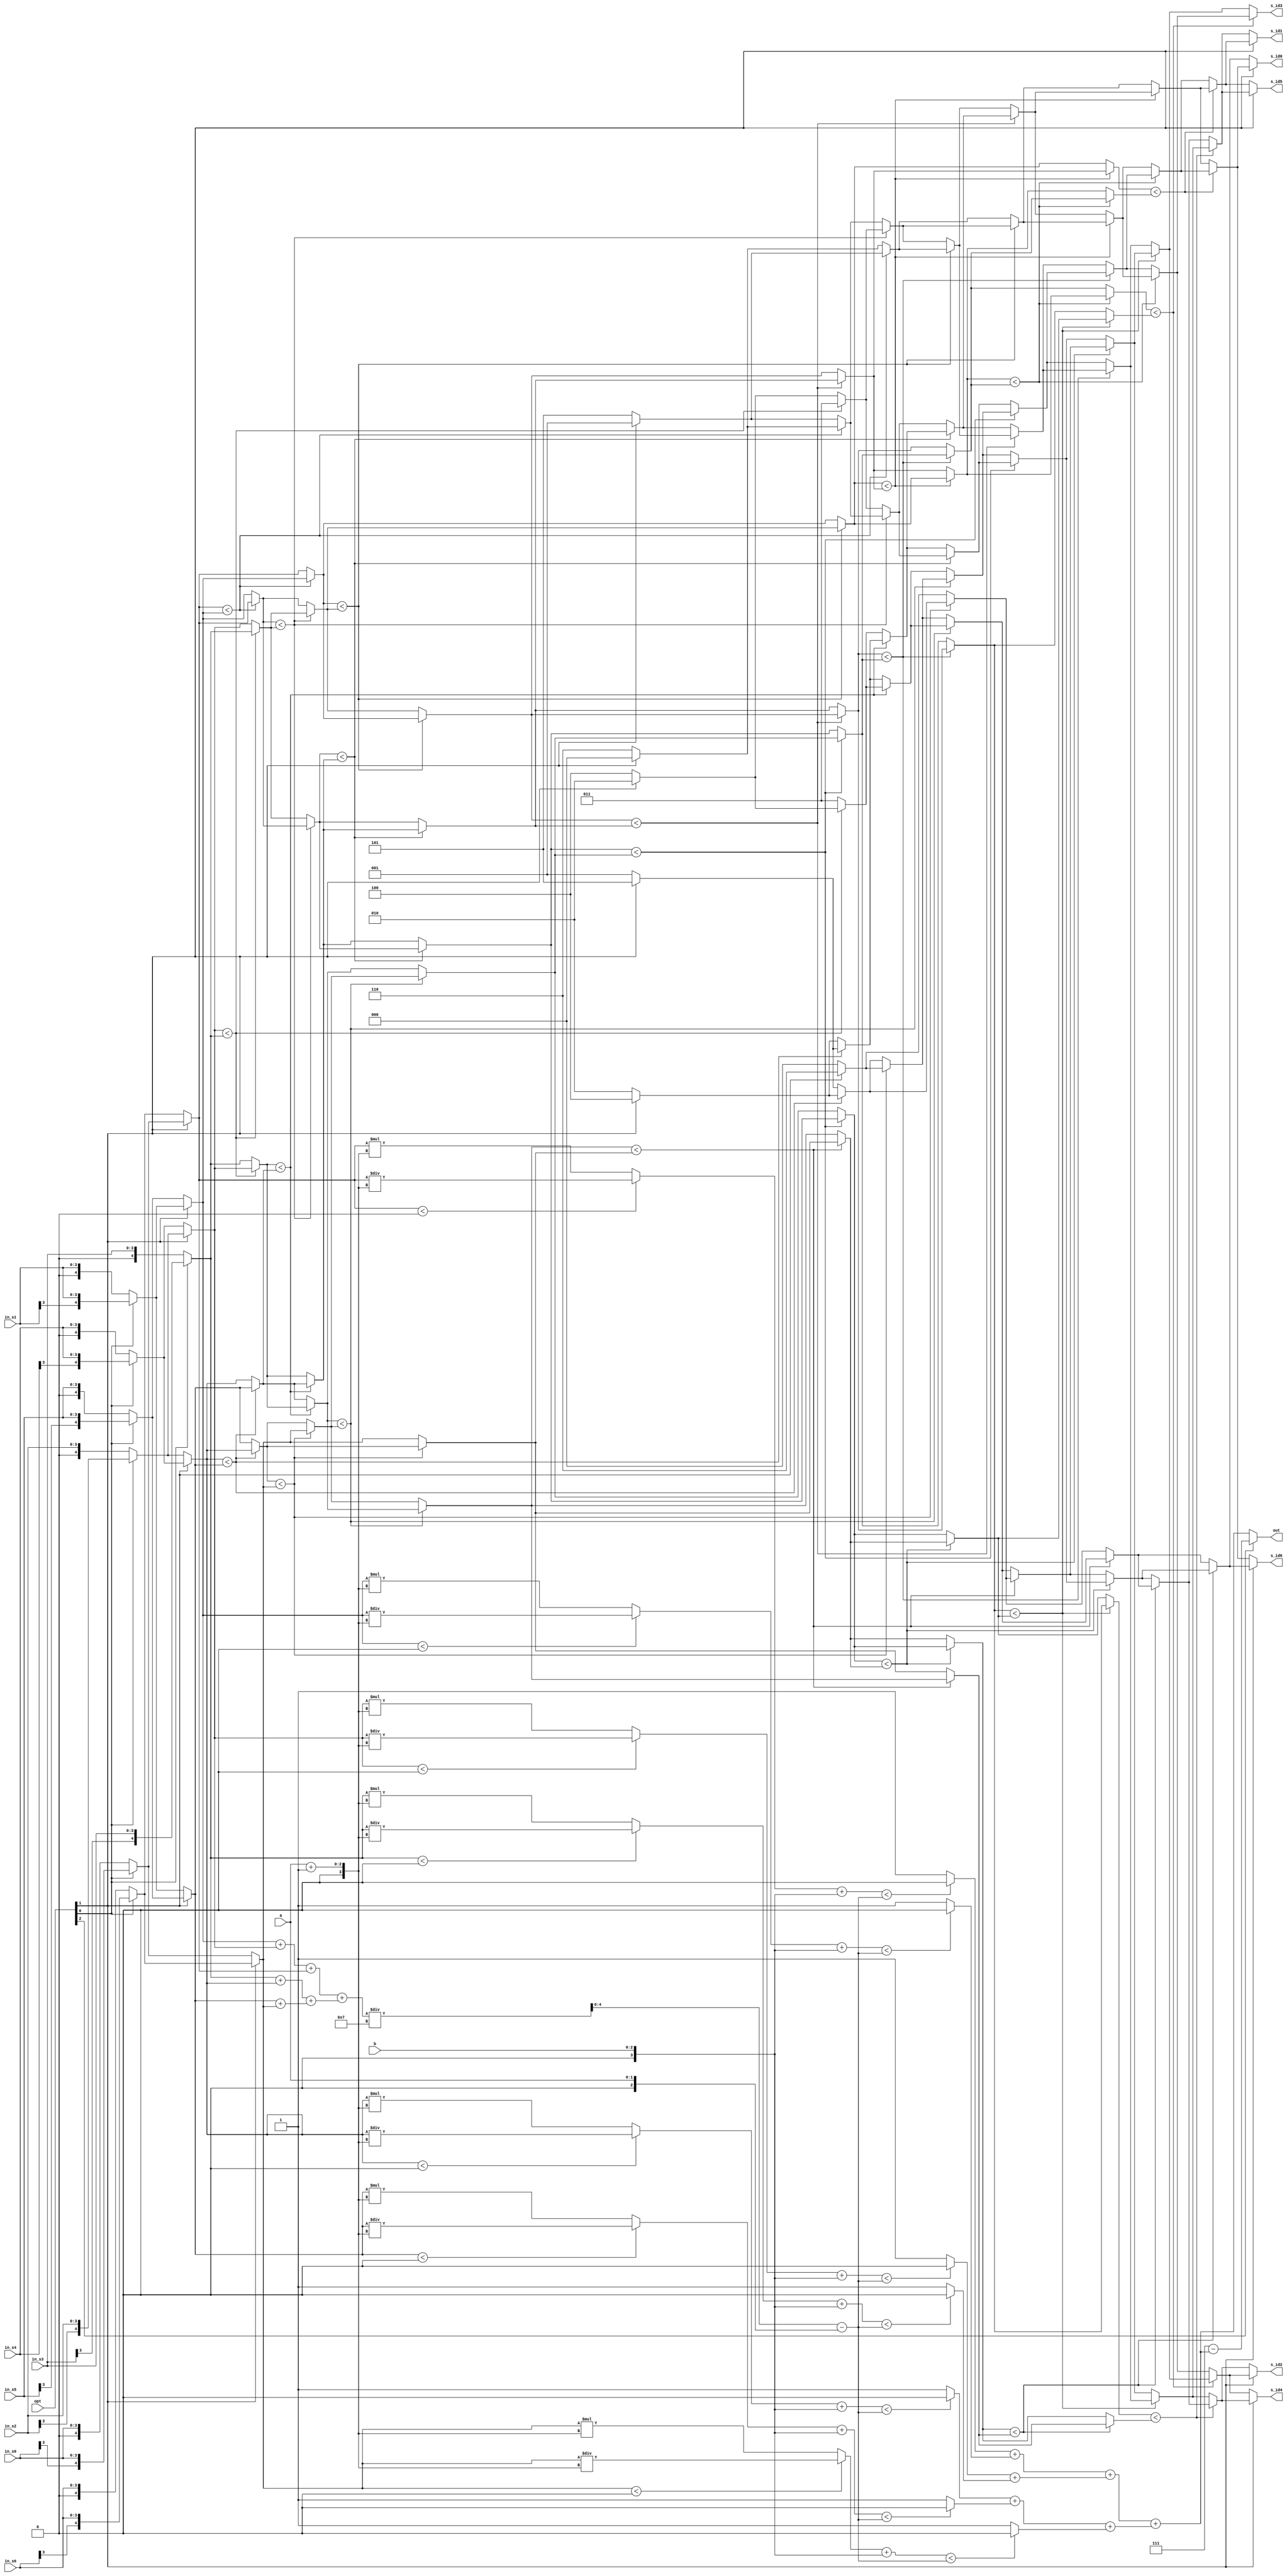

module CC(
  in_s0,
  in_s1,
  in_s2,
  in_s3,
  in_s4,
  in_s5,
  in_s6,
  opt,
  a,
  b,
  s_id0,
  s_id1,
  s_id2,
  s_id3,
  s_id4,
  s_id5,
  s_id6,
  out

);
input [3:0]in_s0;
input [3:0]in_s1;
input [3:0]in_s2;
input [3:0]in_s3;
input [3:0]in_s4;
input [3:0]in_s5;
input [3:0]in_s6;
input [2:0]opt;
input [1:0]a;
input [2:0]b;
output [2:0] s_id0;
output [2:0] s_id1;
output [2:0] s_id2;
output [2:0] s_id3;
output [2:0] s_id4;
output [2:0] s_id5;
output [2:0] s_id6;
output [2:0] out; 
//==================================================================
// reg & wire
wire [2:0] sorted_s0;
wire [2:0] sorted_s1;
wire [2:0] sorted_s2;
wire [2:0] sorted_s3;
wire [2:0] sorted_s4;
wire [2:0] sorted_s5;
wire [2:0] sorted_s6;

wire [2:0] U_s_id0;
wire [2:0] U_s_id1;
wire [2:0] U_s_id2;
wire [2:0] U_s_id3;
wire [2:0] U_s_id4;
wire [2:0] U_s_id5;
wire [2:0] U_s_id6;

wire signed [2:0] S1_s_id0;
wire signed [2:0] S1_s_id1;
wire signed [2:0] S1_s_id2;
wire signed [2:0] S1_s_id3;
wire signed [2:0] S1_s_id4;
wire signed [2:0] S1_s_id5;
wire signed [2:0] S1_s_id6;

wire signed [2:0] S2_s_id0;
wire signed [2:0] S2_s_id1;
wire signed [2:0] S2_s_id2;
wire signed [2:0] S2_s_id3;
wire signed [2:0] S2_s_id4;
wire signed [2:0] S2_s_id5;
wire signed [2:0] S2_s_id6;

wire signed [2:0] S3_s_id0;
wire signed [2:0] S3_s_id1;
wire signed [2:0] S3_s_id2;
wire signed [2:0] S3_s_id3;
wire signed [2:0] S3_s_id4;
wire signed [2:0] S3_s_id5;
wire signed [2:0] S3_s_id6;

wire signed [2:0] S4_s_id0;
wire signed [2:0] S4_s_id1;
wire signed [2:0] S4_s_id2;
wire signed [2:0] S4_s_id3;
wire signed [2:0] S4_s_id4;
wire signed [2:0] S4_s_id5;
wire signed [2:0] S4_s_id6;

wire signed [2:0] S5_s_id0;
wire signed [2:0] S5_s_id1;
wire signed [2:0] S5_s_id2;
wire signed [2:0] S5_s_id3;
wire signed [2:0] S5_s_id4;
wire signed [2:0] S5_s_id5;
wire signed [2:0] S5_s_id6;

wire signed [2:0] S6_s_id0;
wire signed [2:0] S6_s_id1;
wire signed [2:0] S6_s_id2;
wire signed [2:0] S6_s_id3;
wire signed [2:0] S6_s_id4;
wire signed [2:0] S6_s_id5;
wire signed [2:0] S6_s_id6;

wire signed [2:0] S7_s_id0;
wire signed [2:0] S7_s_id1;
wire signed [2:0] S7_s_id2;
wire signed [2:0] S7_s_id3;
wire signed [2:0] S7_s_id4;
wire signed [2:0] S7_s_id5;
wire signed [2:0] S7_s_id6;

wire signed [4:0] Extand_S_in_s0;
wire signed [4:0] Extand_S_in_s1;
wire signed [4:0] Extand_S_in_s2;
wire signed [4:0] Extand_S_in_s3;
wire signed [4:0] Extand_S_in_s4;
wire signed [4:0] Extand_S_in_s5;
wire signed [4:0] Extand_S_in_s6;

wire signed [4:0] S_in_s0;
wire signed [4:0] S_in_s1;
wire signed [4:0] S_in_s2;
wire signed [4:0] S_in_s3;
wire signed [4:0] S_in_s4;
wire signed [4:0] S_in_s5;
wire signed [4:0] S_in_s6;

wire signed [4:0] S1_in_s0;
wire signed [4:0] S1_in_s1;
wire signed [4:0] S1_in_s2;
wire signed [4:0] S1_in_s3;
wire signed [4:0] S1_in_s4;
wire signed [4:0] S1_in_s5;
wire signed [4:0] S1_in_s6;

wire signed [4:0] S2_in_s0;
wire signed [4:0] S2_in_s1;
wire signed [4:0] S2_in_s2;
wire signed [4:0] S2_in_s3;
wire signed [4:0] S2_in_s4;
wire signed [4:0] S2_in_s5;
wire signed [4:0] S2_in_s6;

wire signed [4:0] S3_in_s0;
wire signed [4:0] S3_in_s1;
wire signed [4:0] S3_in_s2;
wire signed [4:0] S3_in_s3;
wire signed [4:0] S3_in_s4;
wire signed [4:0] S3_in_s5;
wire signed [4:0] S3_in_s6;

wire signed [4:0] S4_in_s0;
wire signed [4:0] S4_in_s1;
wire signed [4:0] S4_in_s2;
wire signed [4:0] S4_in_s3;
wire signed [4:0] S4_in_s4;
wire signed [4:0] S4_in_s5;
wire signed [4:0] S4_in_s6;

wire signed [4:0] S5_in_s0;
wire signed [4:0] S5_in_s1;
wire signed [4:0] S5_in_s2;
wire signed [4:0] S5_in_s3;
wire signed [4:0] S5_in_s4;
wire signed [4:0] S5_in_s5;
wire signed [4:0] S5_in_s6;

wire signed [4:0] S6_in_s0;
wire signed [4:0] S6_in_s1;
wire signed [4:0] S6_in_s2;
wire signed [4:0] S6_in_s3;
wire signed [4:0] S6_in_s4;
wire signed [4:0] S6_in_s5;
wire signed [4:0] S6_in_s6;

wire signed [4:0] S7_in_s0;
wire signed [4:0] S7_in_s1;
wire signed [4:0] S7_in_s2;
wire signed [4:0] S7_in_s3;
wire signed [4:0] S7_in_s4;
wire signed [4:0] S7_in_s5;
wire signed [4:0] S7_in_s6;

wire signed [5:0] S1p2;//1+2
wire signed [5:0] S3p4;//3+4
wire signed [5:0] S5p6;//5+6
wire signed [6:0] S00p12;
wire signed [6:0] S34p56;
wire signed [7:0] S_sum;
wire signed [4:0] S_Sdiv7;
wire signed [5:0] S_PassScore;

wire signed [8:0] S_Mu_s0;
wire signed [8:0] S_Mu_s1;
wire signed [8:0] S_Mu_s2;
wire signed [8:0] S_Mu_s3;
wire signed [8:0] S_Mu_s4;
wire signed [8:0] S_Mu_s5;
wire signed [8:0] S_Mu_s6;

wire [3:0] U_Ap1;
wire signed [3:0] S_Ap1;
wire signed [3:0] S_B;

wire signed [9:0] S_Linear_s0;
wire signed [9:0] S_Linear_s1;
wire signed [9:0] S_Linear_s2;
wire signed [9:0] S_Linear_s3;
wire signed [9:0] S_Linear_s4;
wire signed [9:0] S_Linear_s5;
wire signed [9:0] S_Linear_s6;

wire U_s0_pass;
wire U_s1_pass;
wire U_s2_pass;
wire U_s3_pass;
wire U_s4_pass;
wire U_s5_pass;
wire U_s6_pass;

wire S_s0_pass;
wire S_s1_pass;
wire S_s2_pass;
wire S_s3_pass;
wire S_s4_pass;
wire S_s5_pass;
wire S_s6_pass;

wire s0_pass;
wire s1_pass;
wire s2_pass;
wire s3_pass;
wire s4_pass;
wire s5_pass;
wire s6_pass;

wire [1:0] p_s0s1;
wire [1:0] p_s2s3;
wire [1:0] p_s4s5;

wire [2:0] p_s0s1ps2s3;
wire [2:0] p_s4s5ps6s6;

wire [3:0] pass_all;

wire signed [3:0] Signed7;

wire signed [8:0] S_Div_s0;
wire signed [8:0] S_Div_s1;
wire signed [8:0] S_Div_s2;
wire signed [8:0] S_Div_s3;
wire signed [8:0] S_Div_s4;
wire signed [8:0] S_Div_s5;
wire signed [8:0] S_Div_s6;

wire signed [3:0] zero_r;
wire signed [2:0] S_a;

//==================================================================


//==================================================================
// design
assign S_in_s0 = (opt[1] == 1'b1)? Extand_S_in_s0:Extand_S_in_s6;
assign S_in_s1 = (opt[1] == 1'b1)? Extand_S_in_s1:Extand_S_in_s5;
assign S_in_s2 = (opt[1] == 1'b1)? Extand_S_in_s2:Extand_S_in_s4;
assign S_in_s3 = (opt[1] == 1'b1)? Extand_S_in_s3:Extand_S_in_s3;
assign S_in_s4 = (opt[1] == 1'b1)? Extand_S_in_s4:Extand_S_in_s2;
assign S_in_s5 = (opt[1] == 1'b1)? Extand_S_in_s5:Extand_S_in_s1;
assign S_in_s6 = (opt[1] == 1'b1)? Extand_S_in_s6:Extand_S_in_s0;

assign Extand_S_in_s0 = (opt[0] == 1'b0)? {1'd0,in_s0}:{in_s0[3],in_s0};
assign Extand_S_in_s1 = (opt[0] == 1'b0)? {1'd0,in_s1}:{in_s1[3],in_s1};
assign Extand_S_in_s2 = (opt[0] == 1'b0)? {1'd0,in_s2}:{in_s2[3],in_s2};
assign Extand_S_in_s3 = (opt[0] == 1'b0)? {1'd0,in_s3}:{in_s3[3],in_s3};
assign Extand_S_in_s4 = (opt[0] == 1'b0)? {1'd0,in_s4}:{in_s4[3],in_s4};
assign Extand_S_in_s5 = (opt[0] == 1'b0)? {1'd0,in_s5}:{in_s5[3],in_s5};
assign Extand_S_in_s6 = (opt[0] == 1'b0)? {1'd0,in_s6}:{in_s6[3],in_s6};

assign U_s_id0 = (opt[1] == 1'b1)? 3'd0:3'd6;
assign U_s_id1 = (opt[1] == 1'b1)? 3'd1:3'd5;
assign U_s_id2 = (opt[1] == 1'b1)? 3'd2:3'd4;
assign U_s_id3 = (opt[1] == 1'b1)? 3'd3:3'd3;
assign U_s_id4 = (opt[1] == 1'b1)? 3'd4:3'd2;
assign U_s_id5 = (opt[1] == 1'b1)? 3'd5:3'd1;
assign U_s_id6 = (opt[1] == 1'b1)? 3'd6:3'd0;

assign S1p2 = S_in_s1 + S_in_s2;
assign S3p4 = S_in_s3 + S_in_s4;
assign S5p6 = S_in_s5 + S_in_s6;

assign S00p12 = S1p2 + S_in_s0;
assign S34p56 = S3p4 + S5p6;

assign S_sum = S00p12 + S34p56;

assign Signed7 = 4'd7;
assign S_Sdiv7 = S_sum/Signed7;

assign S_a = {1'd0,a};
assign S_PassScore = S_Sdiv7-S_a;
assign U_Ap1 = a + 2'b1;
assign S_Ap1 = {1'b0,U_Ap1};
assign S_B = {1'd0,b};

assign S_Div_s0 = S_in_s0/S_Ap1;
assign S_Div_s1 = S_in_s1/S_Ap1;
assign S_Div_s2 = S_in_s2/S_Ap1;
assign S_Div_s3 = S_in_s3/S_Ap1;
assign S_Div_s4 = S_in_s4/S_Ap1;
assign S_Div_s5 = S_in_s5/S_Ap1;
assign S_Div_s6 = S_in_s6/S_Ap1;

assign zero_r = 4'b0;
assign S_Mu_s0 = (S_in_s0<zero_r)? S_Div_s0:(S_in_s0*S_Ap1);
assign S_Mu_s1 = (S_in_s1<zero_r)? S_Div_s1:(S_in_s1*S_Ap1);
assign S_Mu_s2 = (S_in_s2<zero_r)? S_Div_s2:(S_in_s2*S_Ap1);
assign S_Mu_s3 = (S_in_s3<zero_r)? S_Div_s3:(S_in_s3*S_Ap1);
assign S_Mu_s4 = (S_in_s4<zero_r)? S_Div_s4:(S_in_s4*S_Ap1);
assign S_Mu_s5 = (S_in_s5<zero_r)? S_Div_s5:(S_in_s5*S_Ap1);
assign S_Mu_s6 = (S_in_s6<zero_r)? S_Div_s6:(S_in_s6*S_Ap1);

assign S_Linear_s0 = S_Mu_s0 + S_B;
assign S_Linear_s1 = S_Mu_s1 + S_B;
assign S_Linear_s2 = S_Mu_s2 + S_B;
assign S_Linear_s3 = S_Mu_s3 + S_B;
assign S_Linear_s4 = S_Mu_s4 + S_B;
assign S_Linear_s5 = S_Mu_s5 + S_B;
assign S_Linear_s6 = S_Mu_s6 + S_B;

assign S_s0_pass = (S_Linear_s0<S_PassScore)?1'b0:1'b1;
assign S_s1_pass = (S_Linear_s1<S_PassScore)?1'b0:1'b1;
assign S_s2_pass = (S_Linear_s2<S_PassScore)?1'b0:1'b1;
assign S_s3_pass = (S_Linear_s3<S_PassScore)?1'b0:1'b1;
assign S_s4_pass = (S_Linear_s4<S_PassScore)?1'b0:1'b1;
assign S_s5_pass = (S_Linear_s5<S_PassScore)?1'b0:1'b1;
assign S_s6_pass = (S_Linear_s6<S_PassScore)?1'b0:1'b1;

assign p_s0s1 = S_s0_pass + S_s1_pass;
assign p_s2s3 = S_s2_pass + S_s3_pass;
assign p_s4s5 = S_s4_pass + S_s5_pass;
assign p_s0s1ps2s3 = p_s0s1 + p_s2s3;
assign p_s4s5ps6s6 = p_s4s5 + S_s6_pass;
assign pass_all = p_s0s1ps2s3+p_s4s5ps6s6;

assign out = (opt[2] == 1'b0)? pass_all: (4'd7-pass_all);

assign s_id0 = (opt[1] == 1'b1)? S7_s_id0:S7_s_id6;
assign s_id1 = (opt[1] == 1'b1)? S7_s_id1:S7_s_id5;
assign s_id2 = (opt[1] == 1'b1)? S7_s_id2:S7_s_id4;
assign s_id3 = (opt[1] == 1'b1)? S7_s_id3:S7_s_id3;
assign s_id4 = (opt[1] == 1'b1)? S7_s_id4:S7_s_id2;
assign s_id5 = (opt[1] == 1'b1)? S7_s_id5:S7_s_id1;
assign s_id6 = (opt[1] == 1'b1)? S7_s_id6:S7_s_id0;

//

//signed
assign S1_in_s0 = (S_in_s0<S_in_s1)? S_in_s1:S_in_s0;
assign S1_in_s1 = (S_in_s0<S_in_s1)? S_in_s0:S_in_s1;
assign S1_s_id0 = (S_in_s0<S_in_s1)? U_s_id1:U_s_id0;
assign S1_s_id1 = (S_in_s0<S_in_s1)? U_s_id0:U_s_id1;

assign S1_in_s2 = (S_in_s2<S_in_s3)? S_in_s3:S_in_s2;
assign S1_in_s3 = (S_in_s2<S_in_s3)? S_in_s2:S_in_s3;
assign S1_s_id2 = (S_in_s2<S_in_s3)? U_s_id3:U_s_id2;
assign S1_s_id3 = (S_in_s2<S_in_s3)? U_s_id2:U_s_id3;

assign S1_in_s4 = (S_in_s4<S_in_s5)? S_in_s5:S_in_s4;
assign S1_in_s5 = (S_in_s4<S_in_s5)? S_in_s4:S_in_s5;
assign S1_s_id4 = (S_in_s4<S_in_s5)? U_s_id5:U_s_id4;
assign S1_s_id5 = (S_in_s4<S_in_s5)? U_s_id4:U_s_id5;

assign S1_in_s6 = S_in_s6;
assign S1_s_id6 = U_s_id6;


//S2
assign S2_in_s0 = S1_in_s0;
assign S2_s_id0 = S1_s_id0;

assign S2_in_s1 = (S1_in_s1<S1_in_s2)? S1_in_s2:S1_in_s1;
assign S2_in_s2 = (S1_in_s1<S1_in_s2)? S1_in_s1:S1_in_s2;
assign S2_s_id1 = (S1_in_s1<S1_in_s2)? S1_s_id2:S1_s_id1;
assign S2_s_id2 = (S1_in_s1<S1_in_s2)? S1_s_id1:S1_s_id2;

assign S2_in_s3 = (S1_in_s3<S1_in_s4)? S1_in_s4:S1_in_s3;
assign S2_in_s4 = (S1_in_s3<S1_in_s4)? S1_in_s3:S1_in_s4;
assign S2_s_id3 = (S1_in_s3<S1_in_s4)? S1_s_id4:S1_s_id3;
assign S2_s_id4 = (S1_in_s3<S1_in_s4)? S1_s_id3:S1_s_id4;

assign S2_in_s5 = (S1_in_s5<S1_in_s6)? S1_in_s6:S1_in_s5;
assign S2_in_s6 = (S1_in_s5<S1_in_s6)? S1_in_s5:S1_in_s6;
assign S2_s_id5 = (S1_in_s5<S1_in_s6)? S1_s_id6:S1_s_id5;
assign S2_s_id6 = (S1_in_s5<S1_in_s6)? S1_s_id5:S1_s_id6;

//S3
assign S3_in_s0 = (S2_in_s0<S2_in_s1)? S2_in_s1:S2_in_s0;
assign S3_in_s1 = (S2_in_s0<S2_in_s1)? S2_in_s0:S2_in_s1;
assign S3_s_id0 = (S2_in_s0<S2_in_s1)? S2_s_id1:S2_s_id0;
assign S3_s_id1 = (S2_in_s0<S2_in_s1)? S2_s_id0:S2_s_id1;

assign S3_in_s2 = (S2_in_s2<S2_in_s3)? S2_in_s3:S2_in_s2;
assign S3_in_s3 = (S2_in_s2<S2_in_s3)? S2_in_s2:S2_in_s3;
assign S3_s_id2 = (S2_in_s2<S2_in_s3)? S2_s_id3:S2_s_id2;
assign S3_s_id3 = (S2_in_s2<S2_in_s3)? S2_s_id2:S2_s_id3;

assign S3_in_s4 = (S2_in_s4<S2_in_s5)? S2_in_s5:S2_in_s4;
assign S3_in_s5 = (S2_in_s4<S2_in_s5)? S2_in_s4:S2_in_s5;
assign S3_s_id4 = (S2_in_s4<S2_in_s5)? S2_s_id5:S2_s_id4;
assign S3_s_id5 = (S2_in_s4<S2_in_s5)? S2_s_id4:S2_s_id5;

assign S3_in_s6 = S2_in_s6;
assign S3_s_id6 = S2_s_id6;

//S4
assign S4_in_s0 = S3_in_s0;
assign S4_s_id0 = S3_s_id0;

assign S4_in_s1 = (S3_in_s1<S3_in_s2)? S3_in_s2:S3_in_s1;
assign S4_in_s2 = (S3_in_s1<S3_in_s2)? S3_in_s1:S3_in_s2;
assign S4_s_id1 = (S3_in_s1<S3_in_s2)? S3_s_id2:S3_s_id1;
assign S4_s_id2 = (S3_in_s1<S3_in_s2)? S3_s_id1:S3_s_id2;

assign S4_in_s3 = (S3_in_s3<S3_in_s4)? S3_in_s4:S3_in_s3;
assign S4_in_s4 = (S3_in_s3<S3_in_s4)? S3_in_s3:S3_in_s4;
assign S4_s_id3 = (S3_in_s3<S3_in_s4)? S3_s_id4:S3_s_id3;
assign S4_s_id4 = (S3_in_s3<S3_in_s4)? S3_s_id3:S3_s_id4;

assign S4_in_s5 = (S3_in_s5<S3_in_s6)? S3_in_s6:S3_in_s5;
assign S4_in_s6 = (S3_in_s5<S3_in_s6)? S3_in_s5:S3_in_s6;
assign S4_s_id5 = (S3_in_s5<S3_in_s6)? S3_s_id6:S3_s_id5;
assign S4_s_id6 = (S3_in_s5<S3_in_s6)? S3_s_id5:S3_s_id6;


//S5
assign S5_in_s0 = (S4_in_s0<S4_in_s1)? S4_in_s1:S4_in_s0;
assign S5_in_s1 = (S4_in_s0<S4_in_s1)? S4_in_s0:S4_in_s1;
assign S5_s_id0 = (S4_in_s0<S4_in_s1)? S4_s_id1:S4_s_id0;
assign S5_s_id1 = (S4_in_s0<S4_in_s1)? S4_s_id0:S4_s_id1;

assign S5_in_s2 = (S4_in_s2<S4_in_s3)? S4_in_s3:S4_in_s2;
assign S5_in_s3 = (S4_in_s2<S4_in_s3)? S4_in_s2:S4_in_s3;
assign S5_s_id2 = (S4_in_s2<S4_in_s3)? S4_s_id3:S4_s_id2;
assign S5_s_id3 = (S4_in_s2<S4_in_s3)? S4_s_id2:S4_s_id3;

assign S5_in_s4 = (S4_in_s4<S4_in_s5)? S4_in_s5:S4_in_s4;
assign S5_in_s5 = (S4_in_s4<S4_in_s5)? S4_in_s4:S4_in_s5;
assign S5_s_id4 = (S4_in_s4<S4_in_s5)? S4_s_id5:S4_s_id4;
assign S5_s_id5 = (S4_in_s4<S4_in_s5)? S4_s_id4:S4_s_id5;

assign S5_in_s6 = S4_in_s6;
assign S5_s_id6 = S4_s_id6;

//S6
assign S6_in_s0 = S5_in_s0;
assign S6_s_id0 = S5_s_id0;

assign S6_in_s1 = (S5_in_s1<S5_in_s2)? S5_in_s2:S5_in_s1;
assign S6_in_s2 = (S5_in_s1<S5_in_s2)? S5_in_s1:S5_in_s2;
assign S6_s_id1 = (S5_in_s1<S5_in_s2)? S5_s_id2:S5_s_id1;
assign S6_s_id2 = (S5_in_s1<S5_in_s2)? S5_s_id1:S5_s_id2;

assign S6_in_s3 = (S5_in_s3<S5_in_s4)? S5_in_s4:S5_in_s3;
assign S6_in_s4 = (S5_in_s3<S5_in_s4)? S5_in_s3:S5_in_s4;
assign S6_s_id3 = (S5_in_s3<S5_in_s4)? S5_s_id4:S5_s_id3;
assign S6_s_id4 = (S5_in_s3<S5_in_s4)? S5_s_id3:S5_s_id4;

assign S6_in_s5 = (S5_in_s5<S5_in_s6)? S5_in_s6:S5_in_s5;
assign S6_in_s6 = (S5_in_s5<S5_in_s6)? S5_in_s5:S5_in_s6;
assign S6_s_id5 = (S5_in_s5<S5_in_s6)? S5_s_id6:S5_s_id5;
assign S6_s_id6 = (S5_in_s5<S5_in_s6)? S5_s_id5:S5_s_id6;

//S7
assign S7_s_id0 = (S6_in_s0<S6_in_s1)? S6_s_id1:S6_s_id0;
assign S7_s_id1 = (S6_in_s0<S6_in_s1)? S6_s_id0:S6_s_id1;

assign S7_s_id2 = (S6_in_s2<S6_in_s3)? S6_s_id3:S6_s_id2;
assign S7_s_id3 = (S6_in_s2<S6_in_s3)? S6_s_id2:S6_s_id3;

assign S7_s_id4 = (S6_in_s4<S6_in_s5)? S6_s_id5:S6_s_id4;
assign S7_s_id5 = (S6_in_s4<S6_in_s5)? S6_s_id4:S6_s_id5;

assign S7_s_id6 = S6_s_id6;

//==================================================================

endmodule